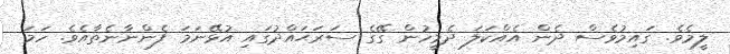
ލީމެވެ. ގައިމުވެސް ދެން އެއްކަލަ ދެމީހުން ގޭގެ ސަރަޙައްދުގައި އުޅޭނަމަ ފެންނާނެތާއެވެ. ހަމަ